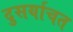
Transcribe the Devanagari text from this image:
दुसर्याचत